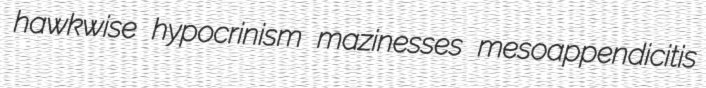
hawkwise hypocrinism mazinesses mesoappendicitis